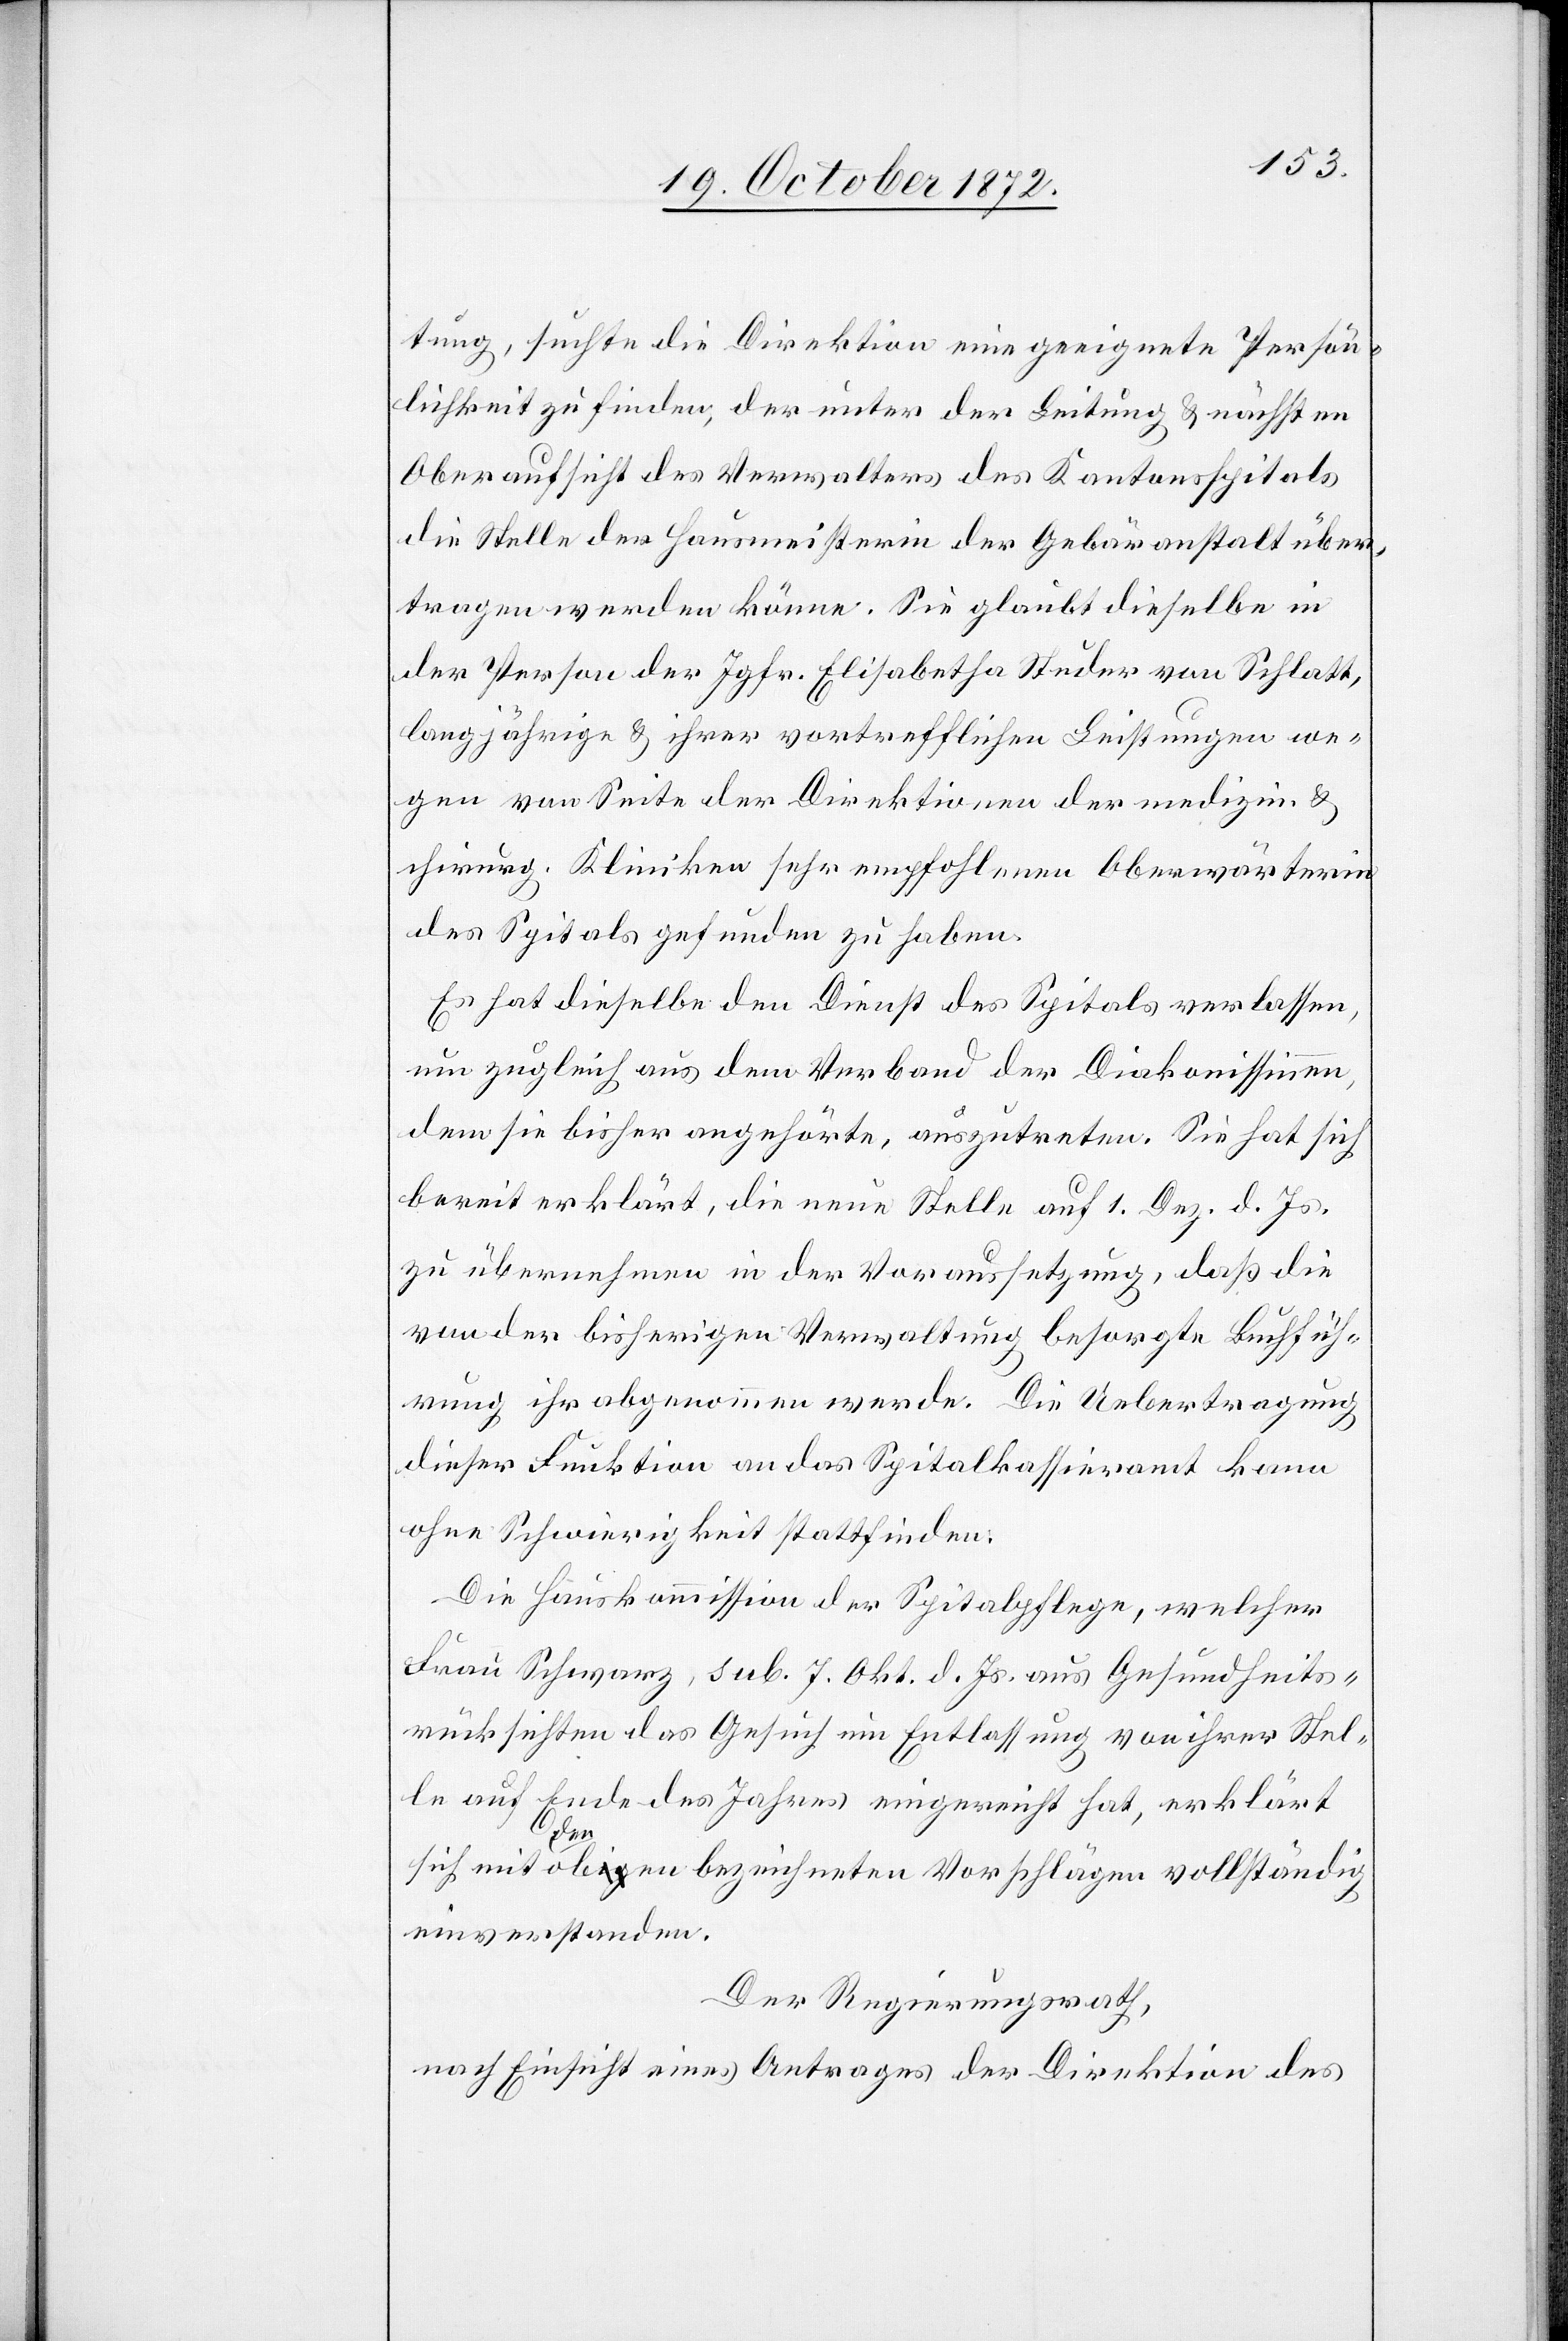
tung, suchte die Direktion eine geeignete Persön¬
lichkeit zu finden, der unter der Leitung u. nächsten
Oberaufsicht des Verwalters des Kantonsspitals
die Stelle der Hausmeisterin der Gebäranstalt über¬
tragen werden könne. Sie glaubt dieselbe in
der Person der Jgfr. Elisabetha Studer von Schlatt,
langjährige u. ihrer vortrefflichen Leistungen we¬
gen von Seite der Direktionen der medizin. u.
chirurg. Kliniken sehr empfohlenen Oberwärterin
des Spitals gefunden zu haben.
Es hat dieselbe den Dienst des Spitals verlassen,
um zugleich aus dem Verband der Diakonissinnen,
dem sie bisher angehörte, auszutreten. Sie hat sich
bereit erklärt, die neue Stelle auf 1. Dez. d. Js.
zu übernehmen in der Voraussetzung, daß die
von der bisherigen Verwaltung besorgte Buchfüh¬
rung ihr abgenommen werde. Die Uebertragung
dieser Funktion an das Spitalkassieramt kann
ohne Schwierigkeit stattfinden.
Die Hauskommission der Spitalpflege, welcher
Frau Schwarz, sub. 7. Okt. d. Js. aus Gesundheits¬
rücksichten das Gesuch um Entlassung von ihrer Stel¬
le auf Ende des Jahres eingereicht hat, erklärt
sich mit den oben bezeichneten Vorschlägen vollständig
einverstanden.
Der Regierungsrath,
nach Einsicht eines Antrages der Direktion des